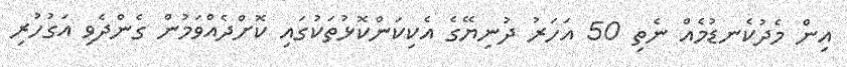
އިން މެދުކެނޑުމެއް ނެތި 50 އަހަރު ދުނިޔޭގެ އެކިކަންކޮޅުތަކުގައި ކޮށްދެއްވަމުން ގެންދެވި އަގުހުރި